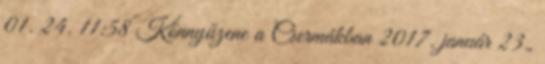
01. 24. 11:58 Könnyűzene a Csermákban 2017. január 23.,